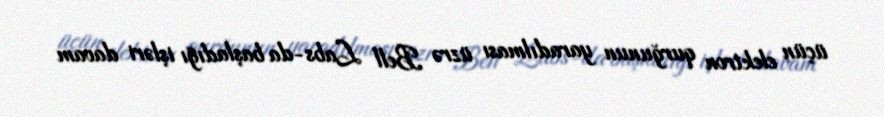
üçün elektron qurğunun yaradılması üzrə Bell Labs-da başladığı işləri davam